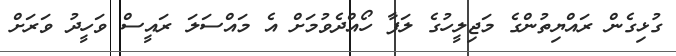
ގުޅިގެން ރައްޔިތުންގެ މަޖިލީހުގެ ލަފާ ހޯއްދެވުމަށް އެ މައްސަަލަ ރައީސް ވަހީދު ވަރަށް